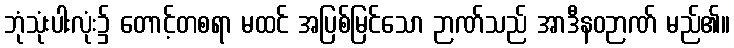
ဘုံသုံးပါးလုံး၌ တောင့်တစရာ မထင် အပြစ်မြင်သော ဉာဏ်သည် အာဒီနဝဉာဏ် မည်၏။